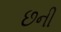
છની